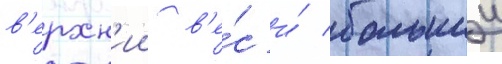
в'ерхн'ии в'е́с и́ большии